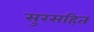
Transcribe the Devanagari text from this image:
सुरसहित